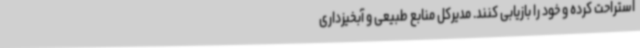
استراحت کرده و خود را بازیابی کنند. مدیرکل منابع طبیعی و آبخیزداری